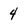
Character: 4